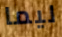
ليما